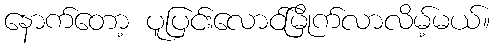
နောက်တော့ ပူပြင်းလောင်မြိုက်လာလိမ့်မယ်။